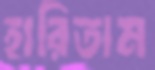
হারিতাম